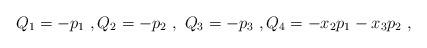
LaTeX: \begin{align*}Q_1=-p_1~,Q_2=-p_2~,~Q_3=-p_3~,Q_4=-x_2 p_1- x_3p_2~,\end{align*}